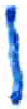
אות: ן